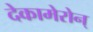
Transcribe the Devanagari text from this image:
देकामेरोन्